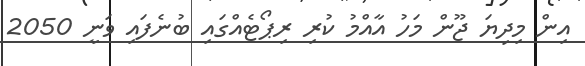
އިން މިދިޔަ ޖޫން މަހު އާއްމު ކުރި ރިޕޯޓެއްގައި ބުނެފައި ވަނީ 2050